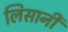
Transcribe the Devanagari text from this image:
लिसानी